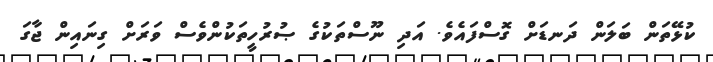
ކުޅޭތަން ބަލަން ދަނޑަށް ގޮސްފައެވެ. އަދި ނޫސްތަކުގެ ޞުރުހީތަކުންވެސް ވަރަށް ގިނައިން ޖާގަ